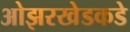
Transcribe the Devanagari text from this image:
ओझरखेडकडे